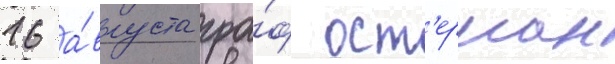
16 а́вгуста гра́ф ост'ерман